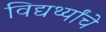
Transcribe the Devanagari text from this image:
विद्यर्थ्यांचे